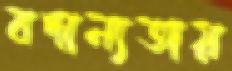
বদান্যতায়